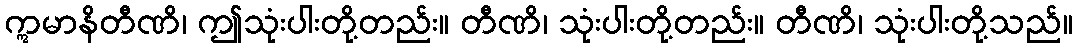
ဣမာနိတီဏိ၊ ဤသုံးပါးတို့တည်း။ တီဏိ၊ သုံးပါးတို့တည်း။ တီဏိ၊ သုံးပါးတို့သည်။